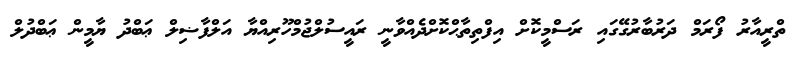
ތްރީއާރު ފޯރަމް ދަރުބާރުގޭގައި ރަސްމީކޮށް އިފްތިތާޙްކޮށްދެއްވާނީ ރައީސުލްޖުމްހޫރިއްޔާ އަލްފާޟިލް ޢަބްދު ޔާމީން ޢަބްދުލް